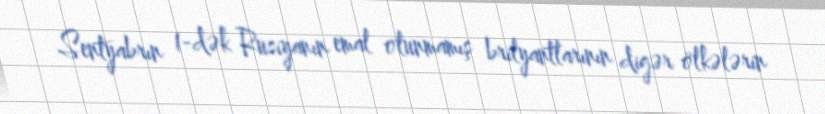
Sentyabrın 1-dək Rusiyanın emal olunmamış brilyantlarının digər ölkələrin